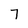
Character: 7